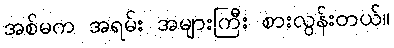
အစ်မက အရမ်း အများကြီး စားလွန်းတယ်။